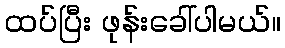
ထပ်ပြီး ဖုန်းခေါ်ပါမယ်။